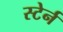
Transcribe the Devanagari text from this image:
स्टेर्न